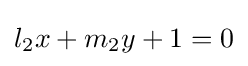
l_{2}x+m_{2}y+1=0